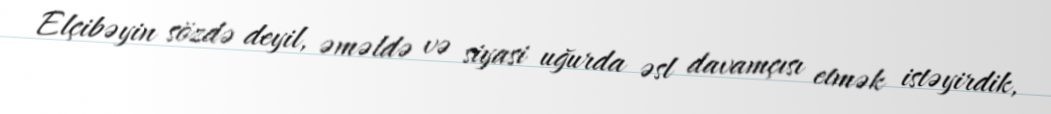
Elçibəyin sözdə deyil, əməldə və siyasi uğurda əsl davamçısı etmək istəyirdik,